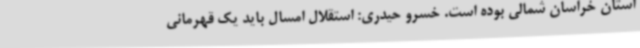
استان خراسان شمالی بوده است. خسرو حیدری: استقلال امسال باید یک قهرمانی